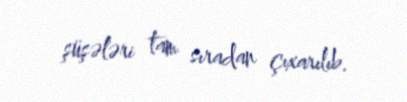
şüşələri tam sıradan çıxarılıb.